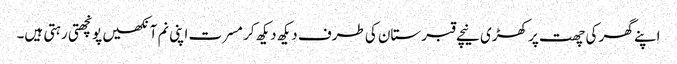
اپنے گھر کی چھت پر کھڑی نیچے قبرستان کی طرف دیکھ دیکھ کر مسرت اپنی نم آنکھیں پونچھتی رہتی ہیں۔